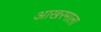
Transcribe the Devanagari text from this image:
आखरमाला